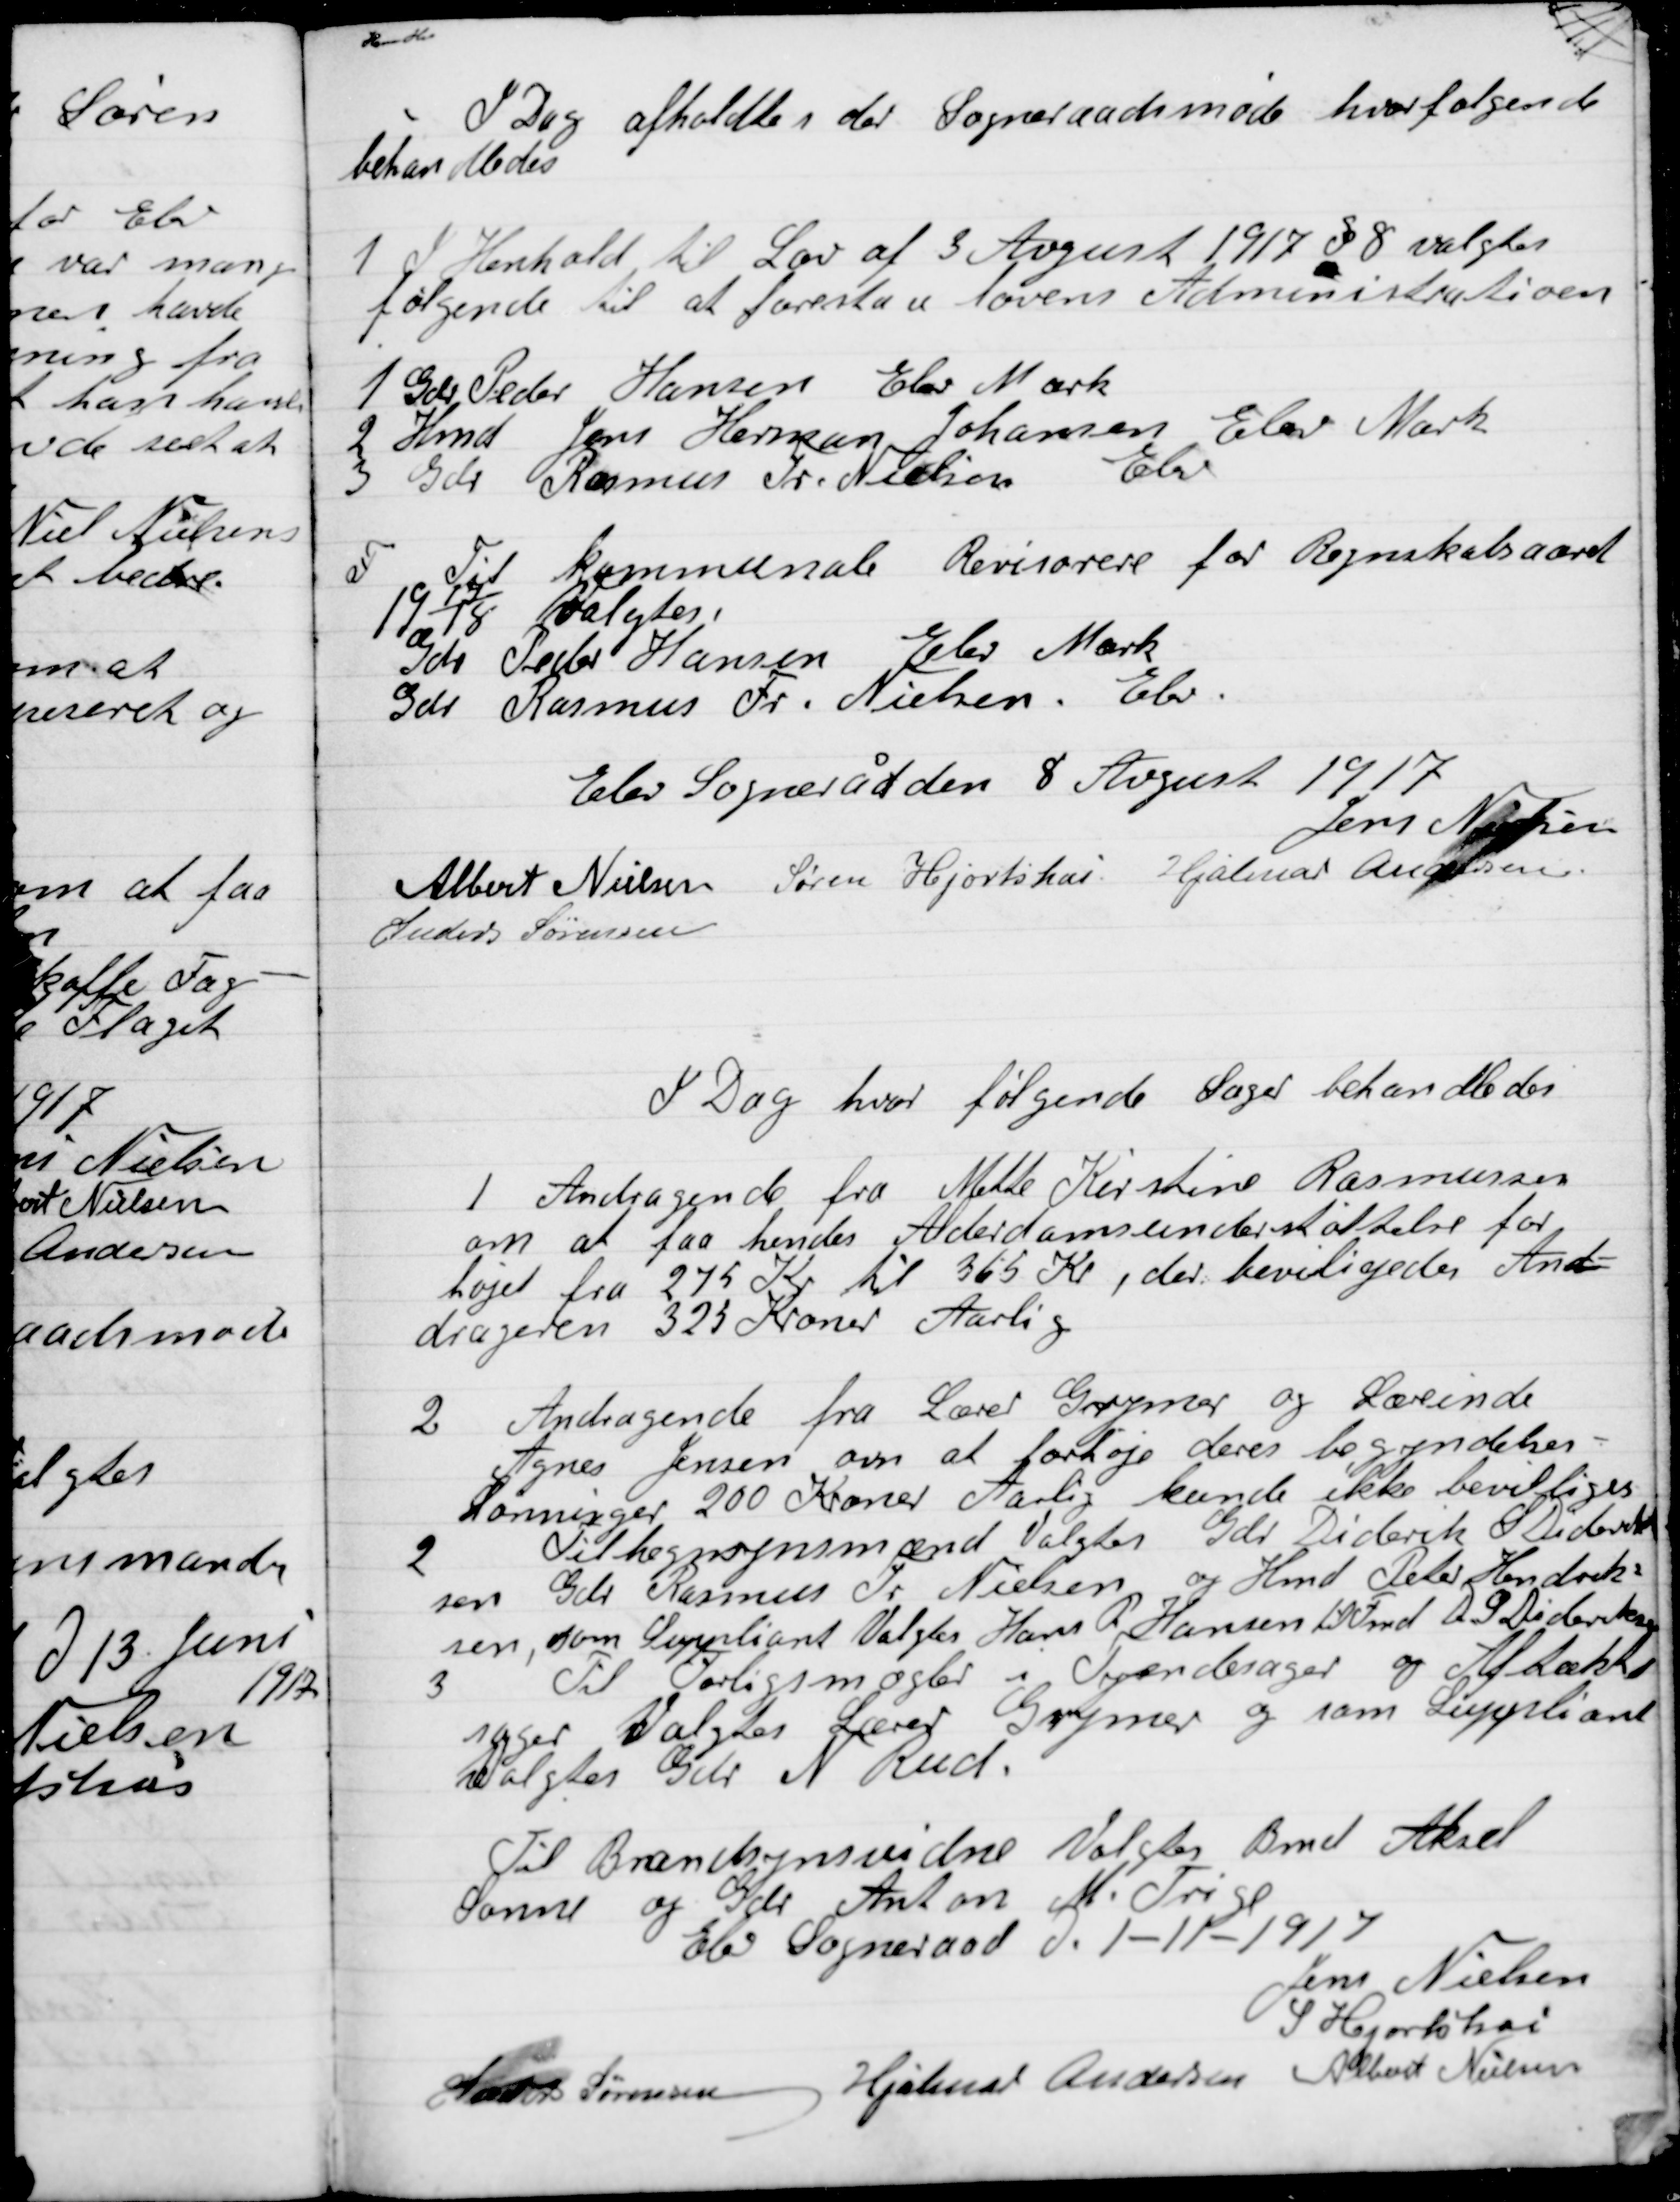
Transskription:
I Dag afholdtes der  Sogneraadetsmøde hvor følgende
behandledes:

1

I Henhold til Lov af 3 August 1917 § 8 valgtes
følgende til at forestaa lovens Administration
1 Gdr. Peder Hansen Elev Mark
2 Hmd Jens Herman Johansen Elev Mark
3 Gdr. Rasmus Fr. Nielsen Elev

F

Til kommunale Revisorer for Regnskabsaaret
19 17/18 Valgtes.
Gdr. Peder Hansen Elev Mark
Gdr. Rasmus Fr. Nielsen Elev

Elev Sogneråd den 8 August 1917

Jens Nielsen
Albert Nielsen
Søren Hjortshøi
Hjalmar Andersen
Anders Sørensen

I Dag hvor følgende Sager behandledes:

1

Andragende fra Mette Kirstine Rasmussen
om at faa hendes Alderdomsunderstøttelse for-
højet fra 275 Kr. til 365 Kr., der bevilgedes And-
drageren 325 Kroner Aarlig.

2

Andragende fra Lærer Gunnar og Lærerinde
Agnes Jensen om at forhøje deres begyndelses-
Lønninger 200 Kroner Aarllg kunde ikke bevilliges.

2

Til hegnsynsmænd Valgtes Gdr. Diderik S. Diderik-
sen, Gdr. Rasmus Fr. Nielsen og Hmd Peter Hendrik-
sen som Suppleant Valgtes Hans P. Hansen til Fmd. D. S. Dideriksen

3

Til Forligsmægler i Tydendesager og Aftækt
Sager Valgtes Lærer Gunnar og som Suppleant
Valgtes Gdr. N. Rud

Til Brandsynsvidne Valgtes Bmd. Aksel
Sonne og Gdr. Anton M. Trige

Elev Sogneraad D. 1-11-1917

Jens Nielsen
S. Hjortshøi
Søren Sørensen
Hjalmar Andersen
Albert Nielsen